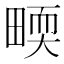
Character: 𤲬